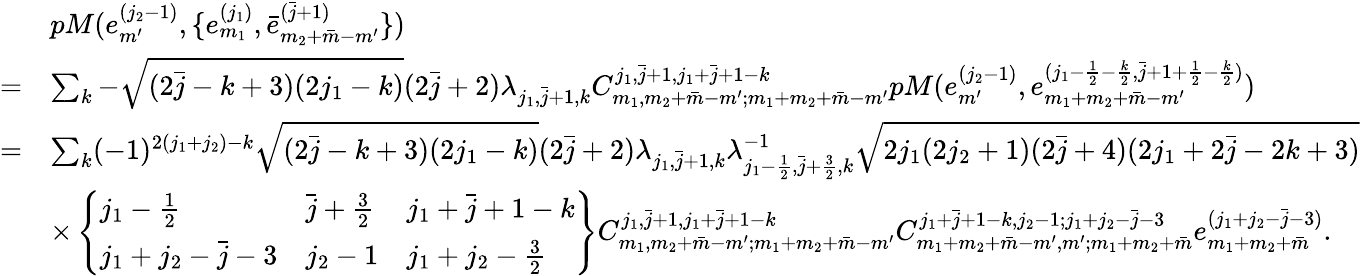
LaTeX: \begin{array}{rl}&{pM(e_{m^{\prime}}^{(j_{2}-1)},\{ e_{m_{1}}^{(j_{1})},\bar{e}_{m_{2}+\bar{m}-m^{\prime}}^{(\bar{j}+1)}\} )}\\ {=}&{\sum_{k}-\sqrt{(2\bar{j}-k+3)(2j_{1}-k)}(2\bar{j}+2)\lambda_{j_{1},\bar{j}+1,k}C_{m_{1},m_{2}+\bar{m}-m^{\prime};m_{1}+m_{2}+\bar{m}-m^{\prime}}^{j_{1},\bar{j}+1,j_{1}+\bar{j}+1-k}pM(e_{m^{\prime}}^{(j_{2}-1)},e_{m_{1}+m_{2}+\bar{m}-m^{\prime}}^{(j_{1}-\frac{1}{2}-\frac{k}{2},\bar{j}+1+\frac{1}{2}-\frac{k}{2})})}\\ {=}&{\sum_{k}(-1)^{2(j_{1}+j_{2})-k}\sqrt{(2\bar{j}-k+3)(2j_{1}-k)}(2\bar{j}+2)\lambda_{j_{1},\bar{j}+1,k}\lambda_{j_{1}-\frac{1}{2},\bar{j}+\frac{3}{2},k}^{-1}\sqrt{2j_{1}(2j_{2}+1)(2\bar{j}+4)(2j_{1}+2\bar{j}-2k+3)}}\\ &{\times\left\{ \begin{array}{lll}{j_{1}-\frac{1}{2}}&{\bar{j}+\frac{3}{2}}&{j_{1}+\bar{j}+1-k}\\ {j_{1}+j_{2}-\bar{j}-3}&{j_{2}-1}&{j_{1}+j_{2}-\frac{3}{2}}\end{array}\right\} C_{m_{1},m_{2}+\bar{m}-m^{\prime};m_{1}+m_{2}+\bar{m}-m^{\prime}}^{j_{1},\bar{j}+1,j_{1}+\bar{j}+1-k}C_{m_{1}+m_{2}+\bar{m}-m^{\prime},m^{\prime};m_{1}+m_{2}+\bar{m}}^{j_{1}+\bar{j}+1-k,j_{2}-1;j_{1}+j_{2}-\bar{j}-3}e_{m_{1}+m_{2}+\bar{m}}^{(j_{1}+j_{2}-\bar{j}-3)}.}\end{array}